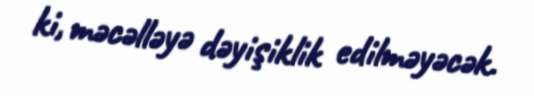
ki, məcəlləyə dəyişiklik edilməyəcək.